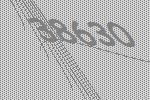
38630